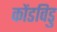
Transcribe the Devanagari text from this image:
कोंडविडु